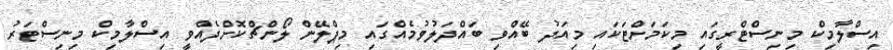
އިސްލާމިކް މިނިސްޓްރީގައި މިކަމަށްޓަކައި މިއަދު ބޭއްވި ބައްދަލުވުމެއްގައި މިޕްލޭން ލޯންޗްކޮށްދެއްވީ އިސްލާމިކް މިނިސްޓަރު